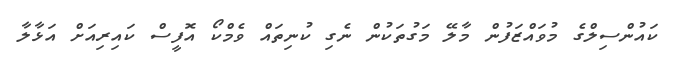
ކައުންސިލްގެ މުވައްޒަފުން މާލޭ މަގުތަކުން ނެގި ކުނިތައް ވެމްކޯ އޮފީސް ކައިރިއަށް އަޅާލާ